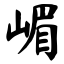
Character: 嵋